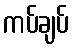
ကပ်ချပ်